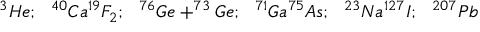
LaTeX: ^ { 3 } H e ; ~ ~ ^ { 4 0 } C a ^ { 1 9 } F _ { 2 } ; ~ ~ ^ { 7 6 } G e + ^ { 7 3 } G e ; ~ ~ ^ { 7 1 } G a ^ { 7 5 } A s ; { } ~ ~ ^ { 2 3 } N a ^ { 1 2 7 } I ; ~ ~ ^ { 2 0 7 } P b